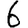
Digit: 6